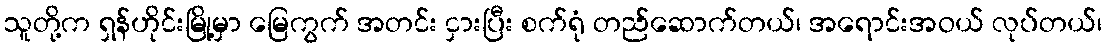
သူတို့က ရှန်ဟိုင်းမြို့မှာ မြေကွက် အတင်း ငှားပြီး စက်ရုံ တည်ဆောက်တယ်၊ အရောင်းအဝယ် လုပ်တယ်၊